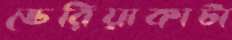
ভেরিয়াকাটা